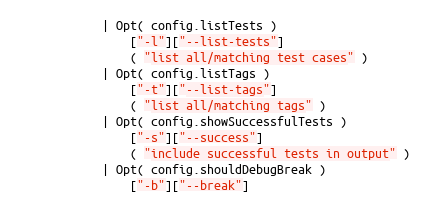
Language: C++
            | Opt( config.listTests )
                ["-l"]["--list-tests"]
                ( "list all/matching test cases" )
            | Opt( config.listTags )
                ["-t"]["--list-tags"]
                ( "list all/matching tags" )
            | Opt( config.showSuccessfulTests )
                ["-s"]["--success"]
                ( "include successful tests in output" )
            | Opt( config.shouldDebugBreak )
                ["-b"]["--break"]